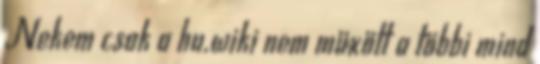
Nekem csak a hu.wiki nem müxött a többi mind